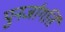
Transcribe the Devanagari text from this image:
पुनर्जागर्ति